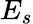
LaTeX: E_{s}